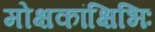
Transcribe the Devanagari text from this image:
मोक्षकांक्षिभिः